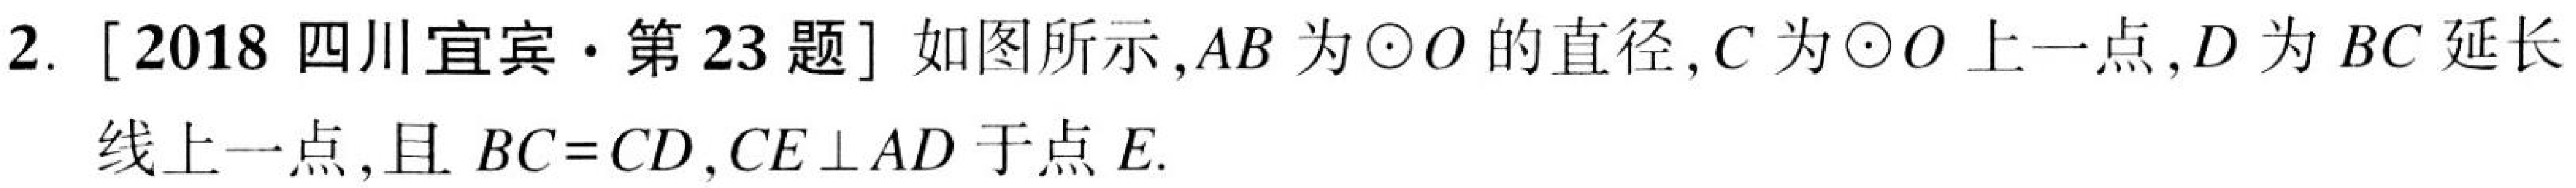
2. [2018 四川宜宾·第 23 题] 如图所示,\(AB\)为\(\odot O\)的直径,\(C\)为\(\odot O\)上一点,\(D\)为\(BC\)延长线上一点,且 \(BC = CD\),\(CE\perp AD\)于点\(E\).